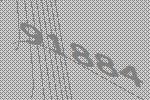
91884